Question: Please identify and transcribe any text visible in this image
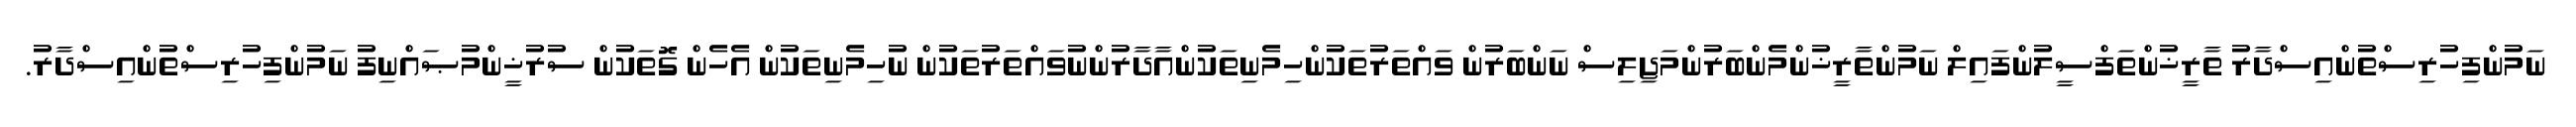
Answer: ނަމުންފިހުރިސްތުންއިސްދާރު ތާރީޚުންތަފްސީލުންފައިލް ނަމުންތާރީޚުންމެންބަރުންމަޖިލިސް ނަންބަރުން ވައްތަރުތަކުންހިމެނިތަކުންއާދާރުންނުވައްތަރުތަކުން ނުހިމެނިތަކުން އެހެން ގޮތަކުން ސުރުޚީންމުޞައްނިފު ނަމުންފިހުރިސްތުންއިސްދާރު.